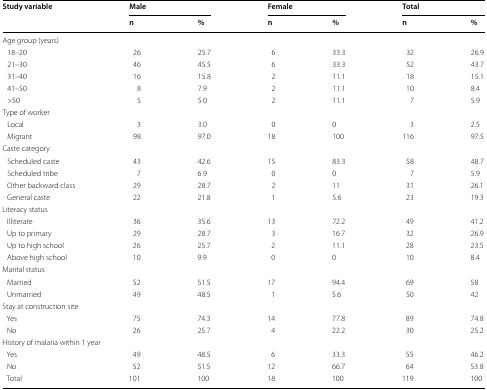
<table><thead><tr><td rowspan="2"><b>Study variable</b></td><td colspan="2"><b>Male</b></td><td colspan="2"><b>Female</b></td><td colspan="2"><b>Total</b></td></tr><tr><td><b>n</b></td><td><b>%</b></td><td><b>n</b></td><td><b>%</b></td><td><b>n</b></td><td><b>%</b></td></tr></thead><tbody><tr><td colspan="7">Age group (years)</td></tr><tr><td> 18–20</td><td>26</td><td>25.7</td><td>6</td><td>33.3</td><td>32</td><td>26.9</td></tr><tr><td> 21–30</td><td>46</td><td>45.5</td><td>6</td><td>33.3</td><td>52</td><td>43.7</td></tr><tr><td> 31–40</td><td>16</td><td>15.8</td><td>2</td><td>11.1</td><td>18</td><td>15.1</td></tr><tr><td> 41–50</td><td>8</td><td>7.9</td><td>2</td><td>11.1</td><td>10</td><td>8.4</td></tr><tr><td> &gt;50</td><td>5</td><td>5.0</td><td>2</td><td>11.1</td><td>7</td><td>5.9</td></tr><tr><td colspan="7">Type of worker</td></tr><tr><td> Local</td><td>3</td><td>3.0</td><td>0</td><td>0</td><td>3</td><td>2.5</td></tr><tr><td> Migrant</td><td>98</td><td>97.0</td><td>18</td><td>100</td><td>116</td><td>97.5</td></tr><tr><td colspan="7">Caste category</td></tr><tr><td> Scheduled caste</td><td>43</td><td>42.6</td><td>15</td><td>83.3</td><td>58</td><td>48.7</td></tr><tr><td> Scheduled tribe</td><td>7</td><td>6.9</td><td>0</td><td>0</td><td>7</td><td>5.9</td></tr><tr><td> Other backward class</td><td>29</td><td>28.7</td><td>2</td><td>11</td><td>31</td><td>26.1</td></tr><tr><td> General caste</td><td>22</td><td>21.8</td><td>1</td><td>5.6</td><td>23</td><td>19.3</td></tr><tr><td colspan="7">Literacy status</td></tr><tr><td> Illiterate</td><td>36</td><td>35.6</td><td>13</td><td>72.2</td><td>49</td><td>41.2</td></tr><tr><td> Up to primary</td><td>29</td><td>28.7</td><td>3</td><td>16.7</td><td>32</td><td>26.9</td></tr><tr><td> Up to high school</td><td>26</td><td>25.7</td><td>2</td><td>11.1</td><td>28</td><td>23.5</td></tr><tr><td> Above high school</td><td>10</td><td>9.9</td><td>0</td><td>0</td><td>10</td><td>8.4</td></tr><tr><td colspan="7">Marital status</td></tr><tr><td> Married</td><td>52</td><td>51.5</td><td>17</td><td>94.4</td><td>69</td><td>58</td></tr><tr><td> Unmarried</td><td>49</td><td>48.5</td><td>1</td><td>5.6</td><td>50</td><td>42</td></tr><tr><td colspan="7">Stay at construction site</td></tr><tr><td> Yes</td><td>75</td><td>74.3</td><td>14</td><td>77.8</td><td>89</td><td>74.8</td></tr><tr><td> No</td><td>26</td><td>25.7</td><td>4</td><td>22.2</td><td>30</td><td>25.2</td></tr><tr><td colspan="7">History of malaria within 1 year</td></tr><tr><td> Yes</td><td>49</td><td>48.5</td><td>6</td><td>33.3</td><td>55</td><td>46.2</td></tr><tr><td> No</td><td>52</td><td>51.5</td><td>12</td><td>66.7</td><td>64</td><td>53.8</td></tr><tr><td> Total</td><td>101</td><td>100</td><td>18</td><td>100</td><td>119</td><td>100</td></tr></tbody></table>